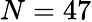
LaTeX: N=47